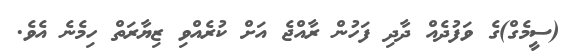
(ސީމެގް)ގެ ވަފުދެއް ދާދި ފަހުން ރާއްޖެ އަށް ކުރެއްވި ޒިޔާރަތް ހިމެނެ އެވެ.